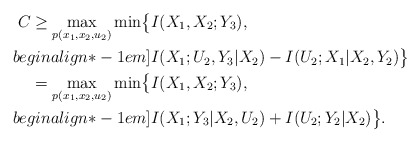
\begin{align*}C \ge\max_{p(x_1,x_2,u_2)} \min \bigl\{ &I(X_1, X_2; Y_3), \\begin{align*}-1em]& I(X_1; U_2, Y_3 | X_2) - I(U_2; X_1 | X_2, Y_2) \bigr\}\\= \max_{p(x_1,x_2,u_2)} \min \bigl\{ &I(X_1, X_2; Y_3), \\begin{align*}-1em]& I(X_1; Y_3 | X_2, U_2) + I(U_2; Y_2 | X_2) \bigr\}.\end{align*}